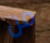
من